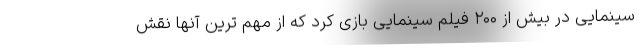
سینمایی در بیش از ۲۰۰ فیلم سینمایی بازی کرد که از مهم ترین آنها نقش